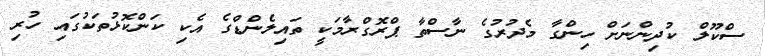
ސްކޫލް ކުދިންނަށް ހިންގާ މެދުރުގެ ނާސްތާ ޕްރޮގްރާމަކީ ތައިލެންޑްގެ އެކި ކަންކޮޅުތަކުގައި ހުރި